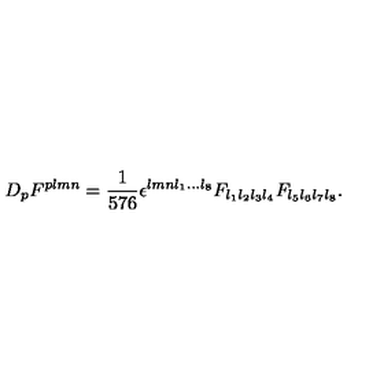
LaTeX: D _ { p } F ^ { p l m n } = { \frac { 1 } { 5 7 6 } } \epsilon ^ { l m n l _ { 1 } . . . l _ { 8 } } F _ { l _ { 1 } l _ { 2 } l _ { 3 } l _ { 4 } } F _ { l _ { 5 } l _ { 6 } l _ { 7 } l _ { 8 } } .